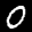
Label: 0